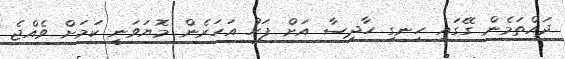
ދައްތަމެން ގޭގައި ހިނގި ހާދިސާ އަށް ފަހު އަހަރެން މޮޔަވަނީ ކަމަށް ވެއްޖެ